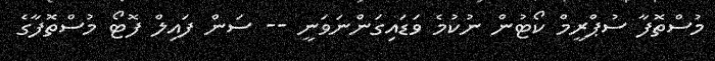
މުސްތޮފާ ސުޕްރީމް ކޯޓުން ނުކުމެ ވަޑައިގަންނަވަނީ -- ސަން ފައިލް ފޮޓޯ މުސްތޮފާގެ